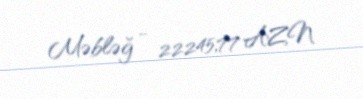
Məbləğ - 22245,77 AZN